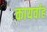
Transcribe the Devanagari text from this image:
कायर्वाह